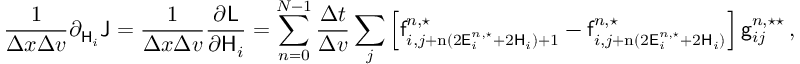
\frac { 1 } { \Delta x \Delta v } \partial _ { \mathsf { H } _ { i } } \mathsf { J } = \frac { 1 } { \Delta x \Delta v } \frac { \partial \mathsf { L } } { \partial \mathsf { H } _ { i } } = \sum _ { n = 0 } ^ { N - 1 } \frac { \Delta t } { \Delta v } \sum _ { j } \left[ \mathsf { f } _ { i , j + \mathrm { n } ( 2 \mathsf { E } _ { i } ^ { n , \star } + 2 \mathsf { H } _ { i } ) + 1 } ^ { n , \star } - \mathsf { f } _ { i , j + \mathrm { n } ( 2 \mathsf { E } _ { i } ^ { n , \star } + 2 \mathsf { H } _ { i } ) } ^ { n , \star } \right] \mathsf { g } _ { i j } ^ { n , \star \star } \, ,